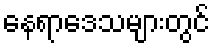
နေရာဒေသများတွင်